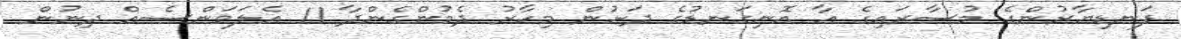
ފަނޑިޔާރުންގެ މުސާރައިގެ އާ އޮނިގަނޑުގެ ދަށުން މިހާރު ދެމުންގެންދާ 11 އެލަވަންސެއް ދިނުން